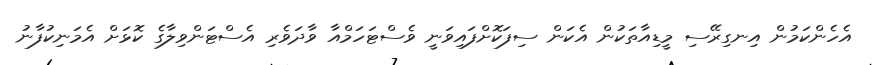
އެހެންކަމުން އިނގިރޭސި މީޑިއާތަކުން އެކަން ސިފަކޮށްފައިވަނީ ވެސްޓަހަމްއާ ވާދަވެރި އެސްޓަންވިލާގެ ކޮޅަށް އެމަނިކުފާނު